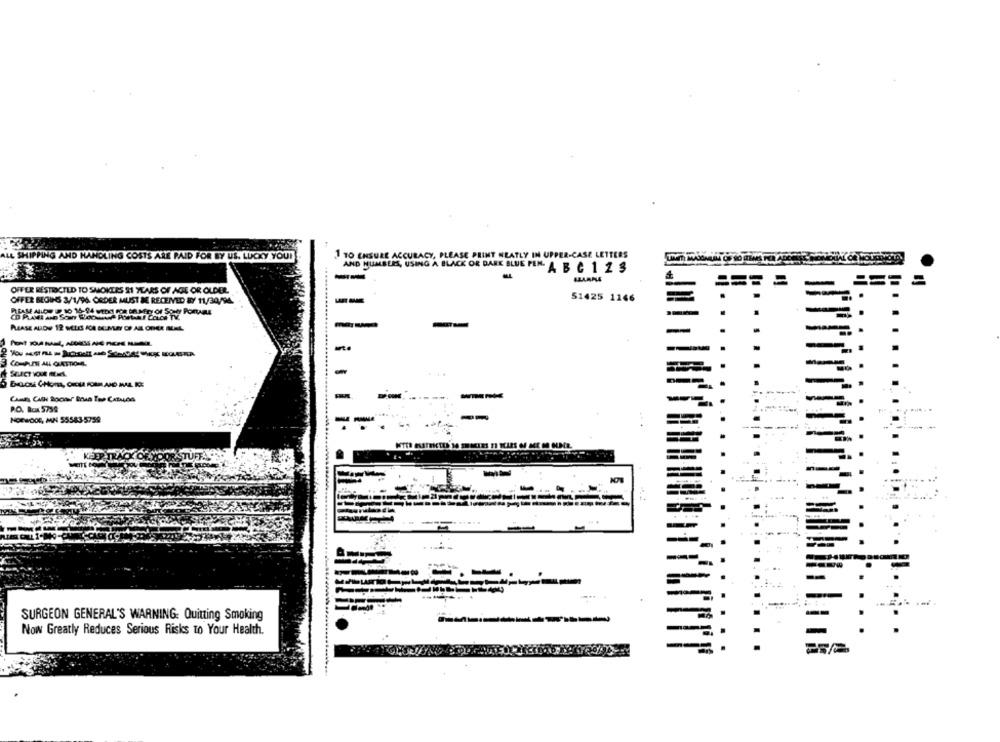
ALL SHIPPING AND HANDLING COSTS ARE PAID FOR BY US. LUCKY YOUI
1 10 ENSURE ACCURACY, PLEASE PRINT NEATLY IN UPPER-CASE LETTERS
AND HUMBLES, USING A BLACK OR DARK BLUE PIN. A B C 1 2 3
OFFER RESTRICTED TO SMOKEES 21 YEARS OF AGE OR OLDER
OFFER BEGINS 3/1/96. ORDER MUST BE RECEIVED BY 11/30/94.
51425 1146
-
PO. Box 5758
NORWOOD, MN 55583-5759
-
SURGEON GENERAL'S WARNING: Quitting Smoking
Now Greatly Reduces Serious Risks to Your Health.